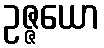
ဥဇ္ဇယော